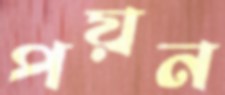
পয়ন